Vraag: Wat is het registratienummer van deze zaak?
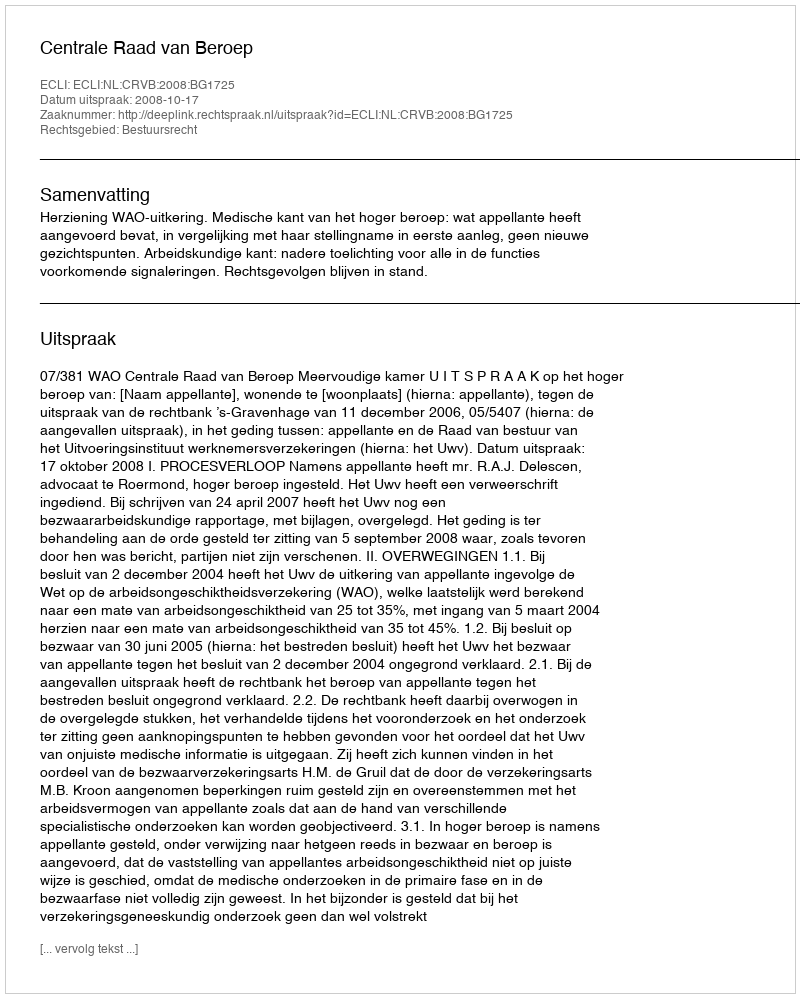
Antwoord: http://deeplink.rechtspraak.nl/uitspraak?id=ECLI:NL:CRVB:2008:BG1725